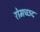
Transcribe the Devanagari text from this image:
रोमच्छद